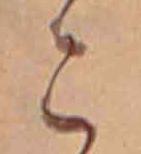
こ